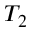
T _ { 2 }